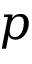
p